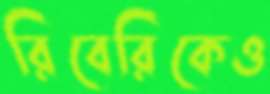
রিবেরিকেও